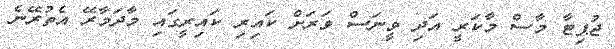
ޖުޕިޓާ މާސް މާކަރީ އަދި ވީނަސް ވަރަށް ކައިރި ކައިރީގައި މާދަމާރޭ އެތުރޭނެ